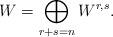
LaTeX: \begin{align*} W = \bigoplus_{r+s=n}W^{r,s}.\end{align*}